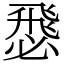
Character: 𢞵